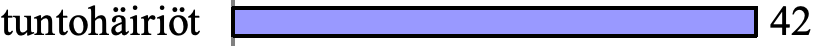
tuntohäiriöt             42